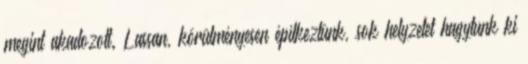
megint akadozott. Lassan, körülményesen építkeztünk, sok helyzetet hagytunk ki